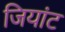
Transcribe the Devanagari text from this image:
जियांट